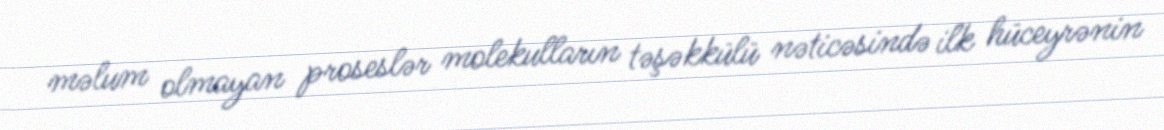
məlum olmayan proseslər molekulların təşəkkülü nəticəsində ilk hüceyrənin